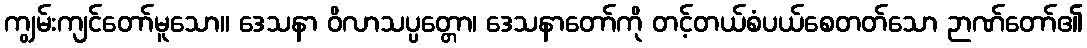
ကျွမ်းကျင်တော်မူသော။ ဒေသနာ ဝိလာသပ္ပတ္တော၊ ဒေသနာတော်ကို တင့်တယ်စံပယ်စေတတ်သော ဉာဏ်တော်၏